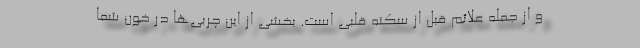
و از جمله علائم قبل از سکته قلبی است. بخشی از این چربی‌ها در خون شما